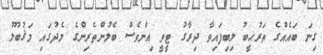
ގިނަ ބައެއްގެ ތަރުޙީބު ލިބިފައިވާ ދިރާގު ޓީވީ އިންވެސް ބެލުންތެރިންގެ މެދުގައި މަޤުބޫލު